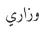
وزاري